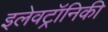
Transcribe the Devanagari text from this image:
इलेवट्रॉनिकी